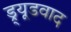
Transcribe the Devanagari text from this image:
ड्र्यूडवाद